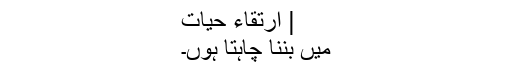
| ارتقاءِ حيات
میں بننا چاہتا ہوں۔